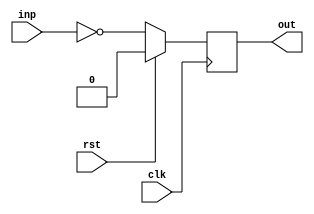
// This program was cloned from: https://github.com/steveicarus/ivtest
// License: GNU General Public License v2.0

module bar(clk, rst, inp, out);
  input  wire clk;
  input  wire rst;
  input  wire inp;
  output reg  out;

  always @(posedge clk)
    if (rst) out <= 1'd0;
    else     out <= ~inp;

endmodule

module foo(clk, rst, inp, out_a, out_b);
  input  wire clk;
  input  wire rst;
  input  wire inp;
  output wire out_a;
  output wire out_b;

  bar bar_instance_1 ( (* this_is_clock *) .clk(clk), .rst(rst), .inp(inp), .out(out_a) );
  bar bar_instance_2 ( clk, (* this_is_reset *) rst, inp, out_b );

  initial begin
    $display("PASSED");
  end

endmodule